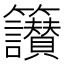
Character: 𥸝